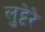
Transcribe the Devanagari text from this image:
लुट्टेरे